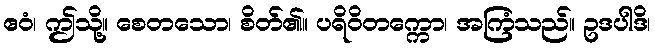
ဧဝံ၊ ဤသို့။ စေတသော၊ စိတ်၏။ ပရိဝိတက္ကော၊ အကြံသည်။ ဥဒပါဒိ၊